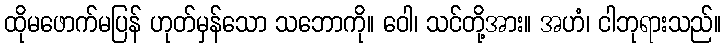
ထိုမဖောက်မပြန် ဟုတ်မှန်သော သဘောကို။ ဝေါ၊ သင်တို့အား။ အဟံ၊ ငါဘုရားသည်။